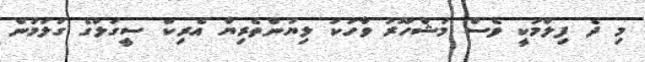
މި ދެ ފިލްމަކީ ވެސް މަޝްހޫރު ވާހަކަ ލިޔުންތެރިޔާ އެރިކް ސީގަލްގެ ގަލަމުން